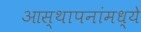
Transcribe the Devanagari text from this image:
आस्‍थापनांमध्‍ये